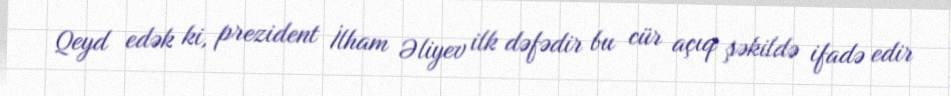
Qeyd edək ki, prezident İlham Əliyev ilk dəfədir bu cür açıq şəkildə ifadə edir